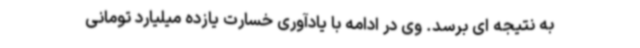
به نتیجه ای برسد. وی در ادامه با یادآوری خسارت یازده میلیارد تومانی